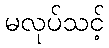
မလုပ်သင့်